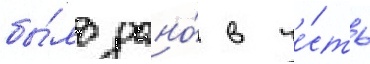
бы́ло дано́ в че́сть